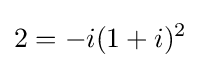
2=-i(1+i)^{2}